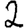
Digit: 2